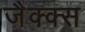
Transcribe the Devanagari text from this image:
जैक्क्स